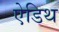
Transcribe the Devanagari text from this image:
ऐडिथ